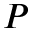
P